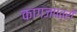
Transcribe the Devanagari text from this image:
कागजपत्रों